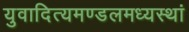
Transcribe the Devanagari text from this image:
युवादित्यमण्डलमध्यस्थां